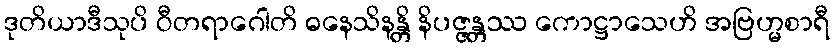
ဒုတိယာဒီသုပိ ဝီတရာဂေါတိ ဓနေသိနန္တိ နိပဇ္ဇန္တဿ ကောဋ္ဌာသေဟိ အဗြဟ္မစာရီ